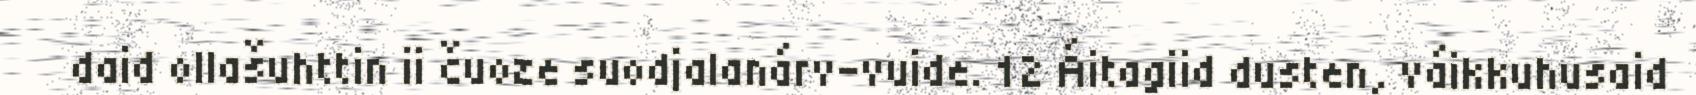
daid ollašuhttin ii čuoze suodjalanárv-vuide. 12 Áitagiid dusten, váikkuhusaid